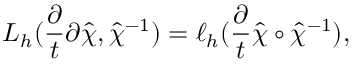
L _ { h } ( \frac { \partial } { t } { \partial \hat { \chi } } , \hat { \chi } ^ { - 1 } ) = \ell _ { h } ( \frac { \partial } { t } \hat { \chi } \circ \hat { \chi } ^ { - 1 } ) ,